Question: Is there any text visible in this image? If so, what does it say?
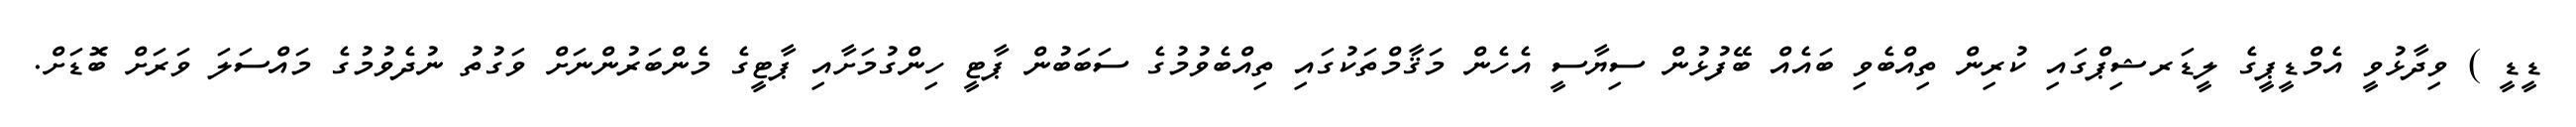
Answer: ޑީޑީ ) ވިދާޅުވީ އެމްޑީޕީގެ ލީޑަރޝިޕްގައި ކުރިން ތިއްބެވި ބައެއް ބޭފުޅުން ސިޔާސީ އެހެން މަޤާމްތަކުގައި ތިއްބެވުމުގެ ސަބަބުން ޕާޓީ ހިންގުމަށާއި ޕާޓީގެ މެންބަރުންނަށް ވަގުތު ނުދެވުމުގެ މައްސަލަ ވަރަށް ބޮޑަށް.